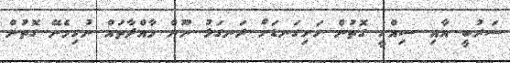
ސަރުބީ އާއި ސިއްހީ ގޮތުން ހަށިގަނޑަށް ރަނގަޅު ނޫން މާއްދާތައް ނުހިމެނޭ ގޮތުން